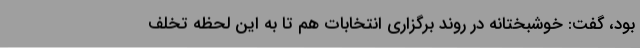
بود، گفت: خوشبختانه در روند برگزاری انتخابات هم تا به این لحظه تخلف